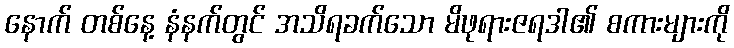
နောက် တစ်နေ့ နံနက်တွင် အသိရခက်သော မိဖုရားဇရဒါ၏ စကားများကို